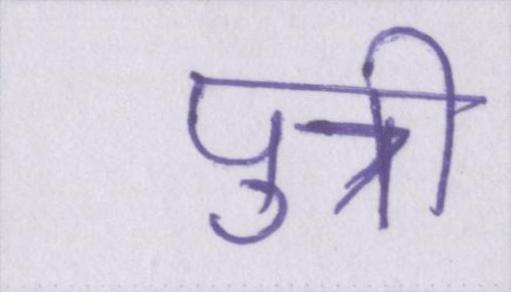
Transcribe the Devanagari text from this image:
पुत्री